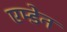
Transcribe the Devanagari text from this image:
एम्डेन